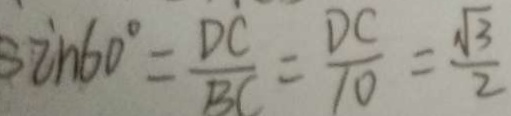
\sin 6 0 ^ { \circ } = \frac { D C } { B C } = \frac { D C } { 1 0 } = \frac { \sqrt { 3 } } { 2 }